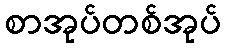
စာအုပ်တစ်အုပ်